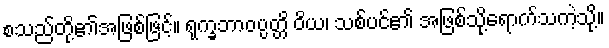
စသည်တို့၏အဖြစ်ဖြင့်။ ရုက္ခဘာဝပ္ပတ္တိ ဝိယ၊ သစ်ပင်၏ အဖြစ်သို့ရောက်သကဲ့သို့။